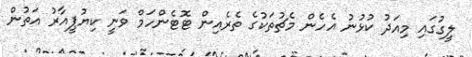
ލީގުގައި މިއަދު ކުޅުނު އެހެން މެޗުތަކުގެ ތެރެއިން ޓޮޓެންހަމް ވަނީ ކިޔުޕީއާރު އަތުން